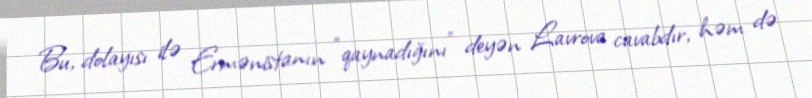
Bu, dolayısı ilə Ermənistanın “qaynadığını” deyən Lavrova cavabdır, həm də